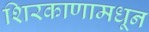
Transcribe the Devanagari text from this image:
शिरकाणामधून